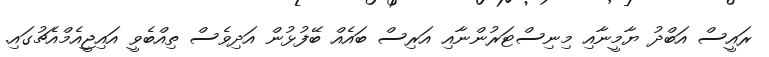
ރައީސް އަބްދު ޔާމީނާއި މިނިސްޓަރުންނާއި އަރިސް ބައެއް ބޭފުޅުން އަދިވެސް ތިއްބެވީ އައިޖީއެމްއެޗުގައި.